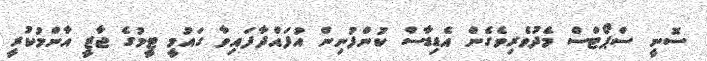
ސޮނީ ސްޕޯޓްސް މެދުވެރިވެގެން އެޑިޑާސް ކުންފުނިން އުފައްދާފައިވާ ގައުމީ ޓީމުގެ ޖާޒީ އާންމުކުރީ